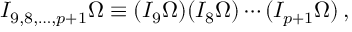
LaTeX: I _ { 9 , 8 , \ldots , p + 1 } \Omega \equiv ( I _ { 9 } \Omega ) ( I _ { 8 } \Omega ) \cdots ( I _ { p + 1 } \Omega ) \, ,